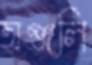
অঞ্জলি